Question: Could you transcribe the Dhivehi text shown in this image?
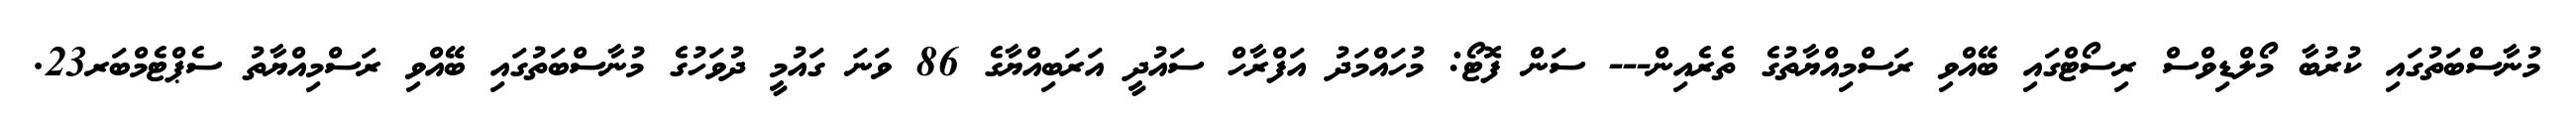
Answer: މުނާސްބަތުގައި ކުރުބާ މޯލްޑިވްސް ރިސޯޓްގައި ބޭއްވި ރަސްމިއްޔާތުގެ ތެރެއިން--- ސަން ފޮޓޯ: މުހައްމަދު އަފްރާހް ސައުދީ އަރަބިއްޔާގެ 86 ވަނަ ގައުމީ ދުވަހުގެ މުނާސްބަތުގައި ބޭއްވި ރަސްމިއްޔާތު ސެޕްޓެމްބަރ23.